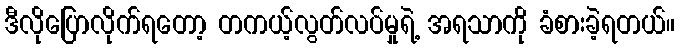
ဒီလိုပြောလိုက်ရတော့ တကယ့်လွတ်လပ်မှုရဲ့ အရသာကို ခံစားခဲ့ရတယ်။